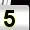
Digit: 5